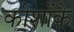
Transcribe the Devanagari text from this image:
कोशोंके